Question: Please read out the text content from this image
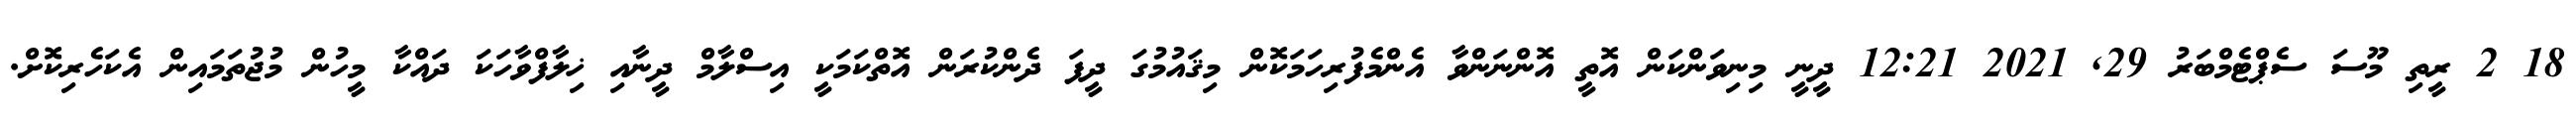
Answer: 18 2 ރީތި މޫސަ ސެޕްޓެމްބަރު 29, 2021 12:21 ދީނީ މިނިވަންކަން އޮތީ އޮންނަންވާ އެންމެފުރިހަމަކޮން މިޤައުމުގަ ދީފަ ދެންކުރަން އޮތްކަމަކީ އިސްލާމް ދީނާއި ޚިލާފްވާހަކަ ދައްކާ މީހުން މުޖުތަމައިން އެކަހެރިކޮށް.